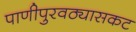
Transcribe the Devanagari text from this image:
पाणीपुरवठ्यासकट